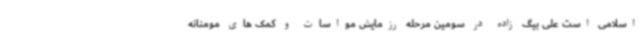
اسلامی است علی بیگ زاده در سومین مرحله رزمایش مواسات و کمک های مومنانه